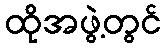
ထိုအဖွဲ့တွင်